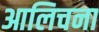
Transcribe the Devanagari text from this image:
आलिचना